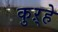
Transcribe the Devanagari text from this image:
कुऱ्हे